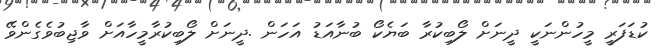
ކުޑަފަރީ މީހުންނަކީ ދީނަށް ލޯބިކުރާ ބަޔެކޯ ބުނާއަޑު އަހަން .ދީނަށް ލޯބިކުރާމީހާއަށް ވާޖިބުވެގެންވޭ